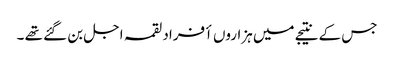
جس کے نتیجے میں ہزاروں أفراد لقمہ اجل بن گئے تھے ۔